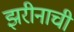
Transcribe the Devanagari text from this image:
झरीनाची